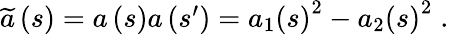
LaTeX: \begin{array}{r}{\widetilde{a}\left(s\right)=a\left(s\right)a\left(s^{\prime}\right)=a_{1}\left(s\right)^{2}-a_{2}\left(s\right)^{2}\; .}\end{array}